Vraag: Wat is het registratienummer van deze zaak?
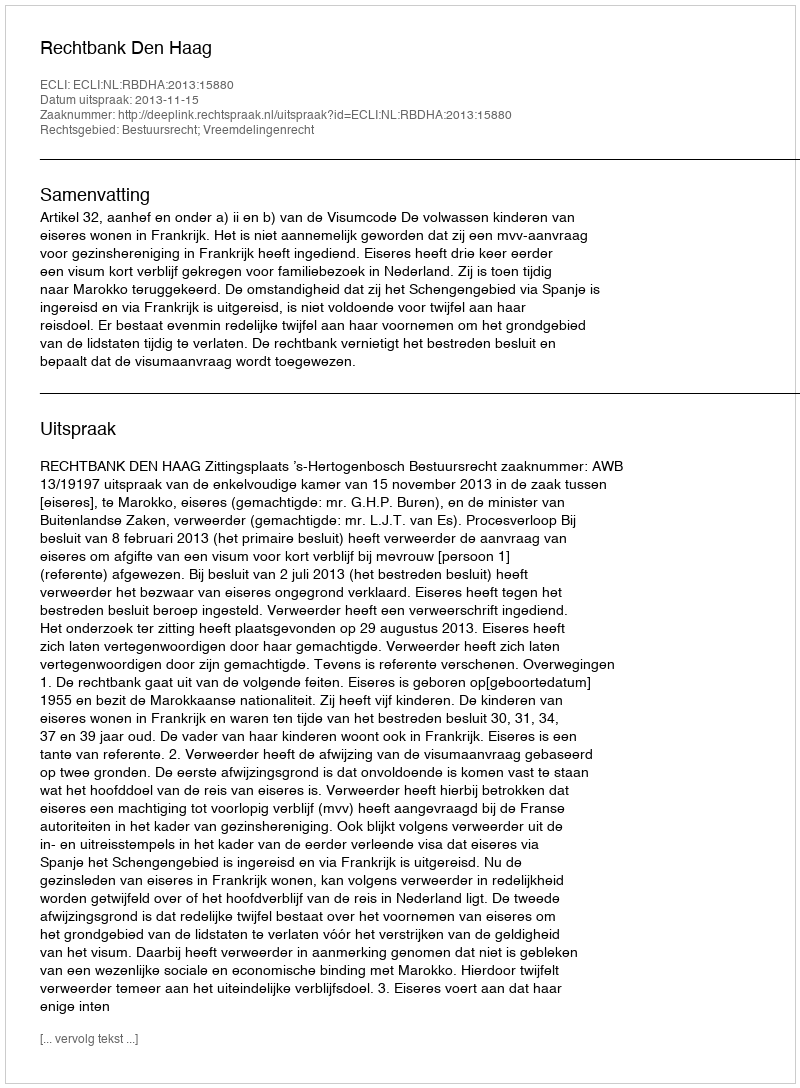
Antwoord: http://deeplink.rechtspraak.nl/uitspraak?id=ECLI:NL:RBDHA:2013:15880